Vaccination in Bombay 1889-1901 - 1889-1901
Year: 1889
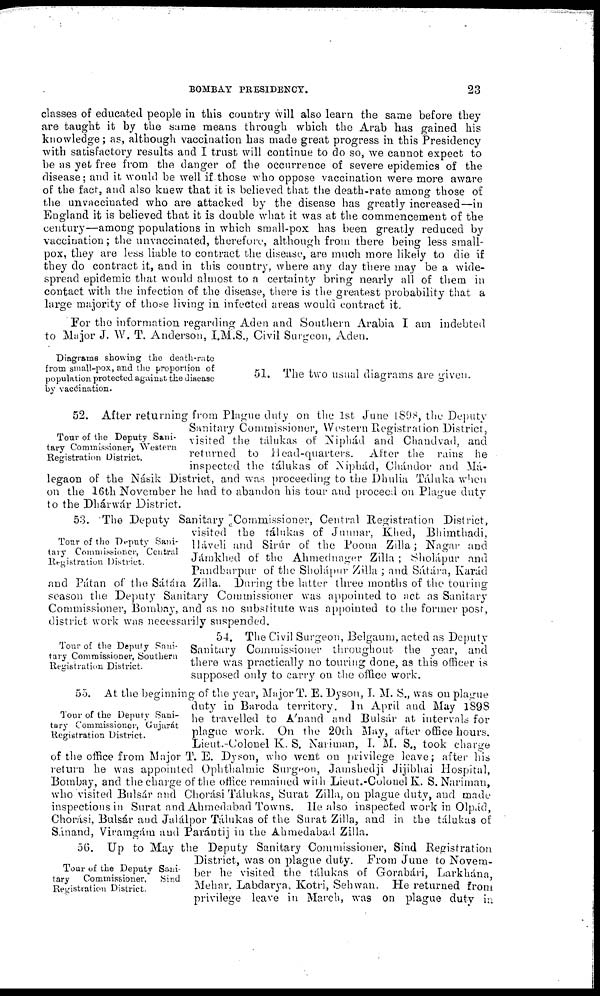
BOMBAY PRESIDENCY.
23
classes of educated people in this country will also learn the same before they
are taught it by the same means through which the Arab has gained his
knowledge; as, although vaccination has made great progress in this Presidency
with satisfactory results and I trust will continue to do so, we cannot expect to
be as yet free from the danger of the occurrence of severe epidemics of the
disease; and it would be well if those who oppose vaccination were more aware
of the fact, and also knew that it is believed that the death-rate among those of
the unvaccinated who are attacked by the disease has greatly increased—in
England it is believed that it is double what it was at the commencement of the
century—among populations in which small-pox has been greatly reduced by
vaccination; the unvaccinated, therefore, although from there being less small-
pox, they are less liable to contract the disease, are much more likely to die if
they do contract it, and in this country, where any day there may be a wide-
spread epidemic that would almost to a certainty bring nearly all of them in
contact with the infection of the disease, there is the greatest probability that a
large majority of those living in infected areas would contract it.
For the information regarding Aden and Southern Arabia I am indebted
to Major J. W. T. Anderson, I.M.S., Civil Surgeon, Aden.
Diagrams showing the death-rate
from small-pox, and the proportion of
population protected against the disease
by vaccination.
51. The two usual diagrams are given.
Tour of the Deputy Sani-
tary Commissioner, Western
Registration District.
52. After returning from Plague duty on the 1st June 1898, the Deputy
Sanitary Commissioner, Western Registration District,
visited the tálukas of Niphád and Chandvad, and
returned to Head-quarters. After the rains he
inspected the tálukas of Niphád, Chándor and Má¬
legaon of the Násik District, and was proceeding to the Dhulia Táluka when
on the 16th November he had to abandon his tour and proceed on Plague duty
to the Dhárwár District.
Tour of the Deputy Sani-
tary Commissioner, Central
Registration District.
53. The Deputy Sanitary Commissioner, Central Registration District,
visited the tálukas of Junnar, Khed, Bhimthadi,
Háveli and Sirúr of the Poona Zilla; Nagar and
Jámkhed of the Ahmednager Zilla ; Sholápur and
Pandharpur of the Sholápnr Zilla ; and Sátára, Karád
and Pátan of the Sátára Zilla. During the latter three months of the touring
season the Deputy Sanitary Commissioner was appointed to act as Sanitary
Commissioner, Bombay, and as no substitute was appointed to the former post,
district work was necessarily suspended.
Tour of the Deputy Sani-
tary Commissioner, Southern
Registration District.
54. The Civil Surgeon, Belgaum, acted as Deputy
Sanitary Commissioner throughout the year, and
there was practically no touring done, as this officer is
supposed only to carry on the office work.
Tour of the Deputy Sani-
tary Commissioner, Gujarát
Registration District.
55. At the beginning of the year, Major T. E. Dyson, I. M. S., was on plague
duty in Baroda territory. In April and May 1S9S
he travelled to Ánand and Bulsár at intervals for
plague work. On the 20th May, after office hours.
Lieut.-Colonel K. S. Nariman, I. M. S., took charge
of the office from Major T. E. Dyson, who went on privilege leave; after his
return he was appointed Ophthalmic Surgeon, Jamshedji Jijibhai Hospital,
Bombay, and the charge of the office remained with Lieut.-Colonel K. S. Nariman,
who visited Bulsár and Chorási Tálukas, Surat Zilla, on plague duty, and made
inspections in Surat and Ahmedabad Towns. He also inspected work in Olpád,
Chorási, Bulsár and Jalálpor Tálukas of the Surat Zilla, and in the tálukas of
Sánand, Viramgám and Parántij in the Ahmedabad Zilla.
Tour of the Deputy Sani-
tary
Commissioner,
Sind
Registration District.
56. Up to May the Deputy Sanitary Commissioner, Sind Registration
District, was on plague duty. From June to Novem-
ber he visited the tálukas of Gorabári, Larkhána,
Mehar. Labdarya, Kotri, Sehwan. He returned from
privilege leave in March, was on plague duty in